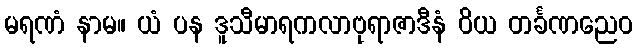
မရဏံ နာမ။ ယံ ပန ဒူသီမာရကလာဗုရာဇာဒီနံ ဝိယ တင်္ခဏညေဝ